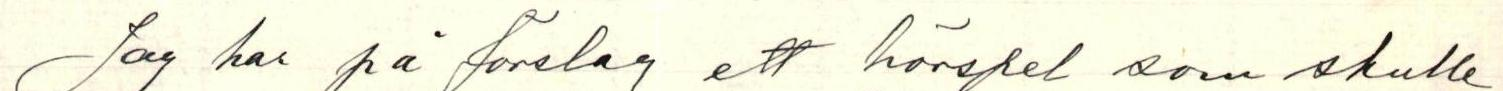
Jag har på förslag ett hörspel som skulle